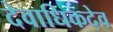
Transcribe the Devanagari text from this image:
देवाधिकदेव